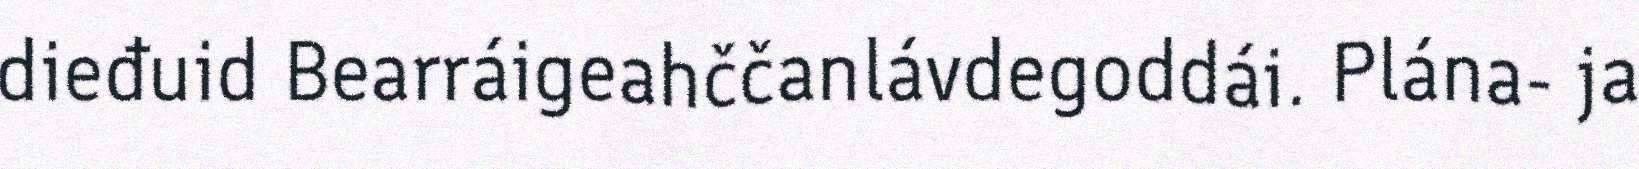
dieđuid Bearráigeahččanlávdegoddái. Plána- ja